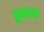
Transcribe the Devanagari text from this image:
कुमराम